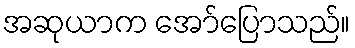
အဆုယာက အော်ပြောသည်။